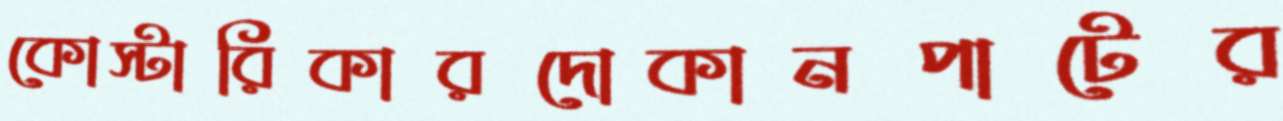
কোস্টারিকারদোকানপাটের